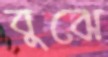
বুঝে